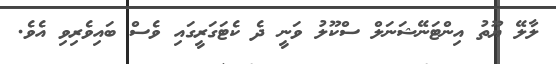
ލާލޭ ޔޫތު އިންޓަނޭޝަނަލް ސްކޫލު ވަނީ ދެ ކެޓަގަރީގައި ވެސް ބައިވެރިވި އެވެ.